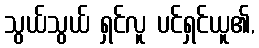
သွယ်သွယ် ရှင်လူ ပင်ရှင်ယူ၏,